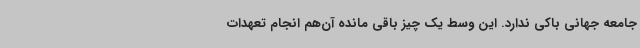
جامعه جهانی باکی ندارد. این وسط یک چیز باقی مانده‌ آن‌هم انجام تعهدات